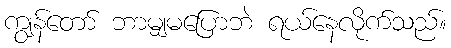
ကျွန်တော် ဘာမျှမပြောဘဲ ရယ်နေလိုက်သည်။